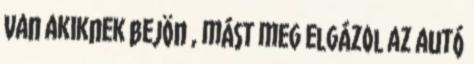
Van akiknek bejön , mást meg elgázol az autó